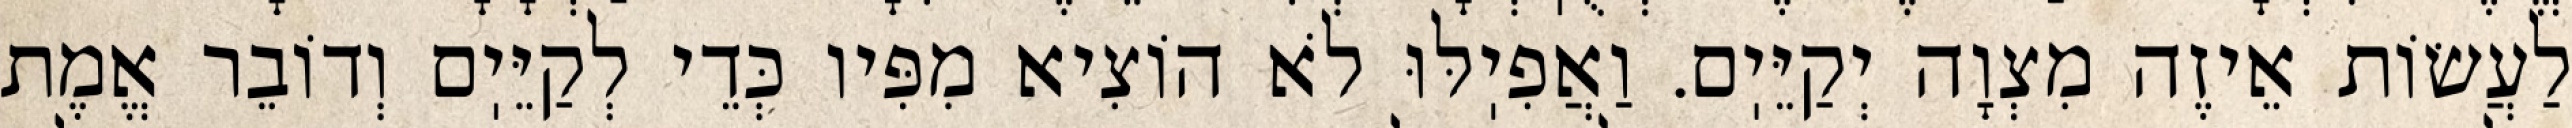
לַעֲשׂוֹת אֵיזֶה מִצְוָה יְקַיֵּיֽם. וַאֲפִיֽלּוּ לֹא הוֹצִיא מִפִּיו כְּדֵי לְקַיֵּיֽם וְדוֹבֵר אֱמֶת